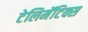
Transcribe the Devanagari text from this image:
टेलिमॅटिक्स